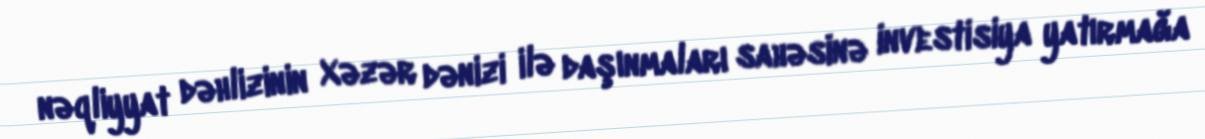
nəqliyyat dəhlizinin Xəzər dənizi ilə daşınmaları sahəsinə investisiya yatırmağa